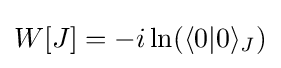
W[J]=-i\ln(\langle 0|0\rangle _{J})